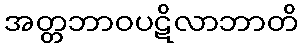
အတ္တဘာဝပဋိလာဘာတိ